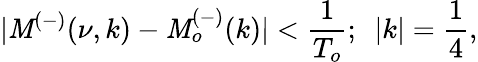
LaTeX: |\mathit{M}^{(-)}(\nu,k)-\mathit{M}_{o}^{(-)}(k)|<\frac{{1}}{{T_{o}}};~~|k|=\frac{{1}}{{4}},